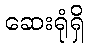
ဆေးရုံရှိ